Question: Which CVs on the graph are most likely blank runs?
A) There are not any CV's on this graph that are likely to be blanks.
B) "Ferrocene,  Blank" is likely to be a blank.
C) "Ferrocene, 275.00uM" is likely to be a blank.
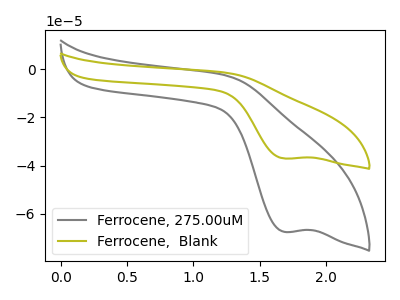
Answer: <think>The gray curve "Ferrocene, 275.00uM" has a cathodic peak at: (1.70V, -67.65uA). The olive curve "Ferrocene,  Blank" has a cathodic peak at: (1.70V, -37.10uA).</think>
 <answer>A) There are not any CV's on this graph that are likely to be blanks.</answer>
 <eval>A</eval>